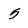
Character: 5